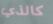
كالذي